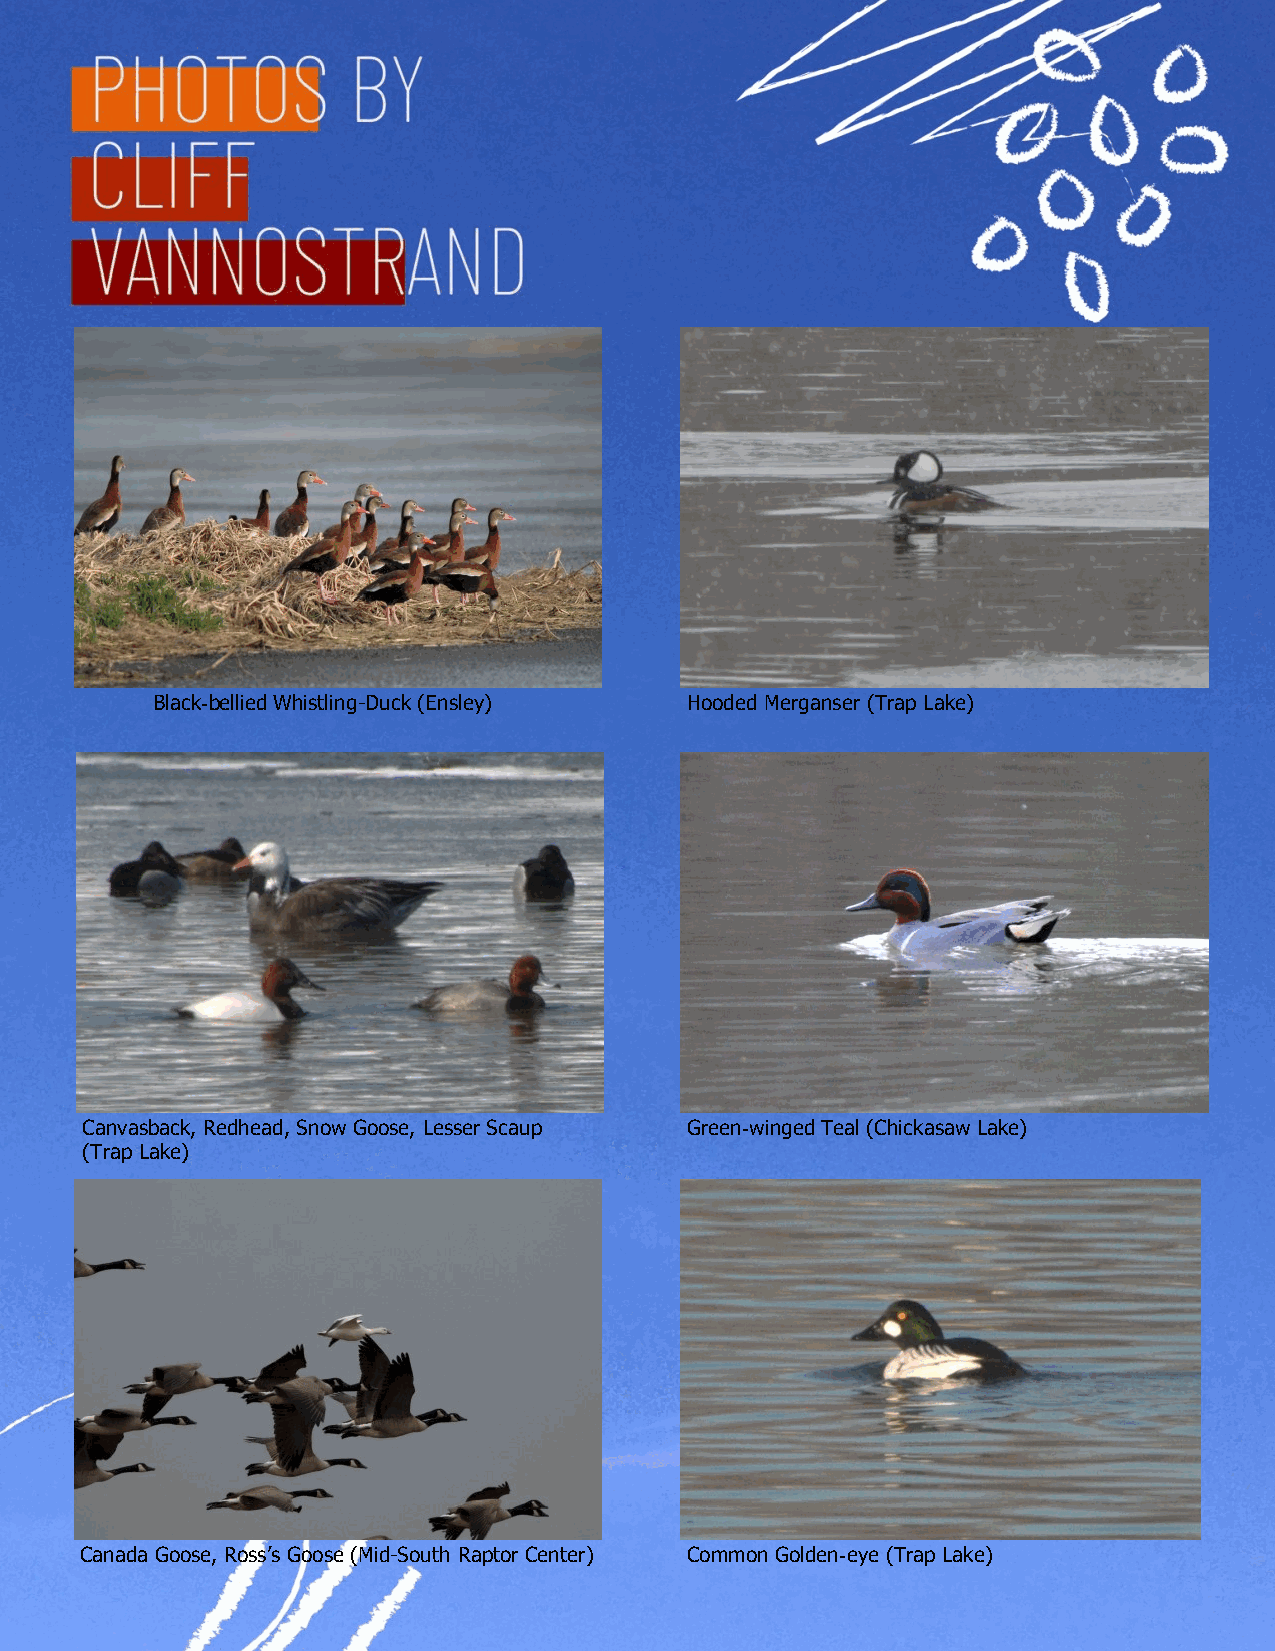
Black-bellied Whistling-Duck (Ensley) Hooded Merganser (Trap Lake)
 Canvasback, Redhead, Snow Goose, Lesser Scaup Green-winged Teal (Chickasaw Lake)
 (Trap Lake)
 Canada Goose, Ross’s Goose (Mid-South Raptor Center) Common Golden-eye (Trap Lake)